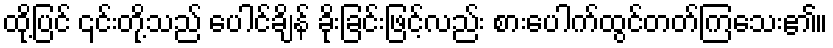
ထို့ပြင် ၎င်းတို့သည် ပေါင်ချိန် ခိုးခြင်းဖြင့်လည်း စားပေါက်ထွင်တတ်ကြသေး၏။